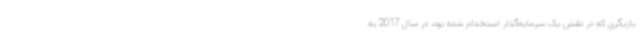
بازیگری که در نقش یک سرمایه‌گذار استخدام شده بود، در سال 2017 به